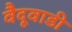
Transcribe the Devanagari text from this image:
वैदूवाडी